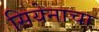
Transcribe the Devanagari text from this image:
सियेनाचा